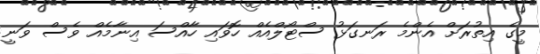
މީގެ އިތުރަށް އެންމެ ރަނގަޅު ސްޓޯލްއެއް ހޮވައި ހާއްސަ އިނާމެއް ވެސް ވަނީ